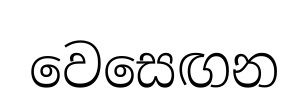
වෙසෙඟන